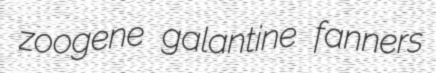
zoogene galantine fanners